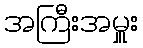
အကြီးအမှူး